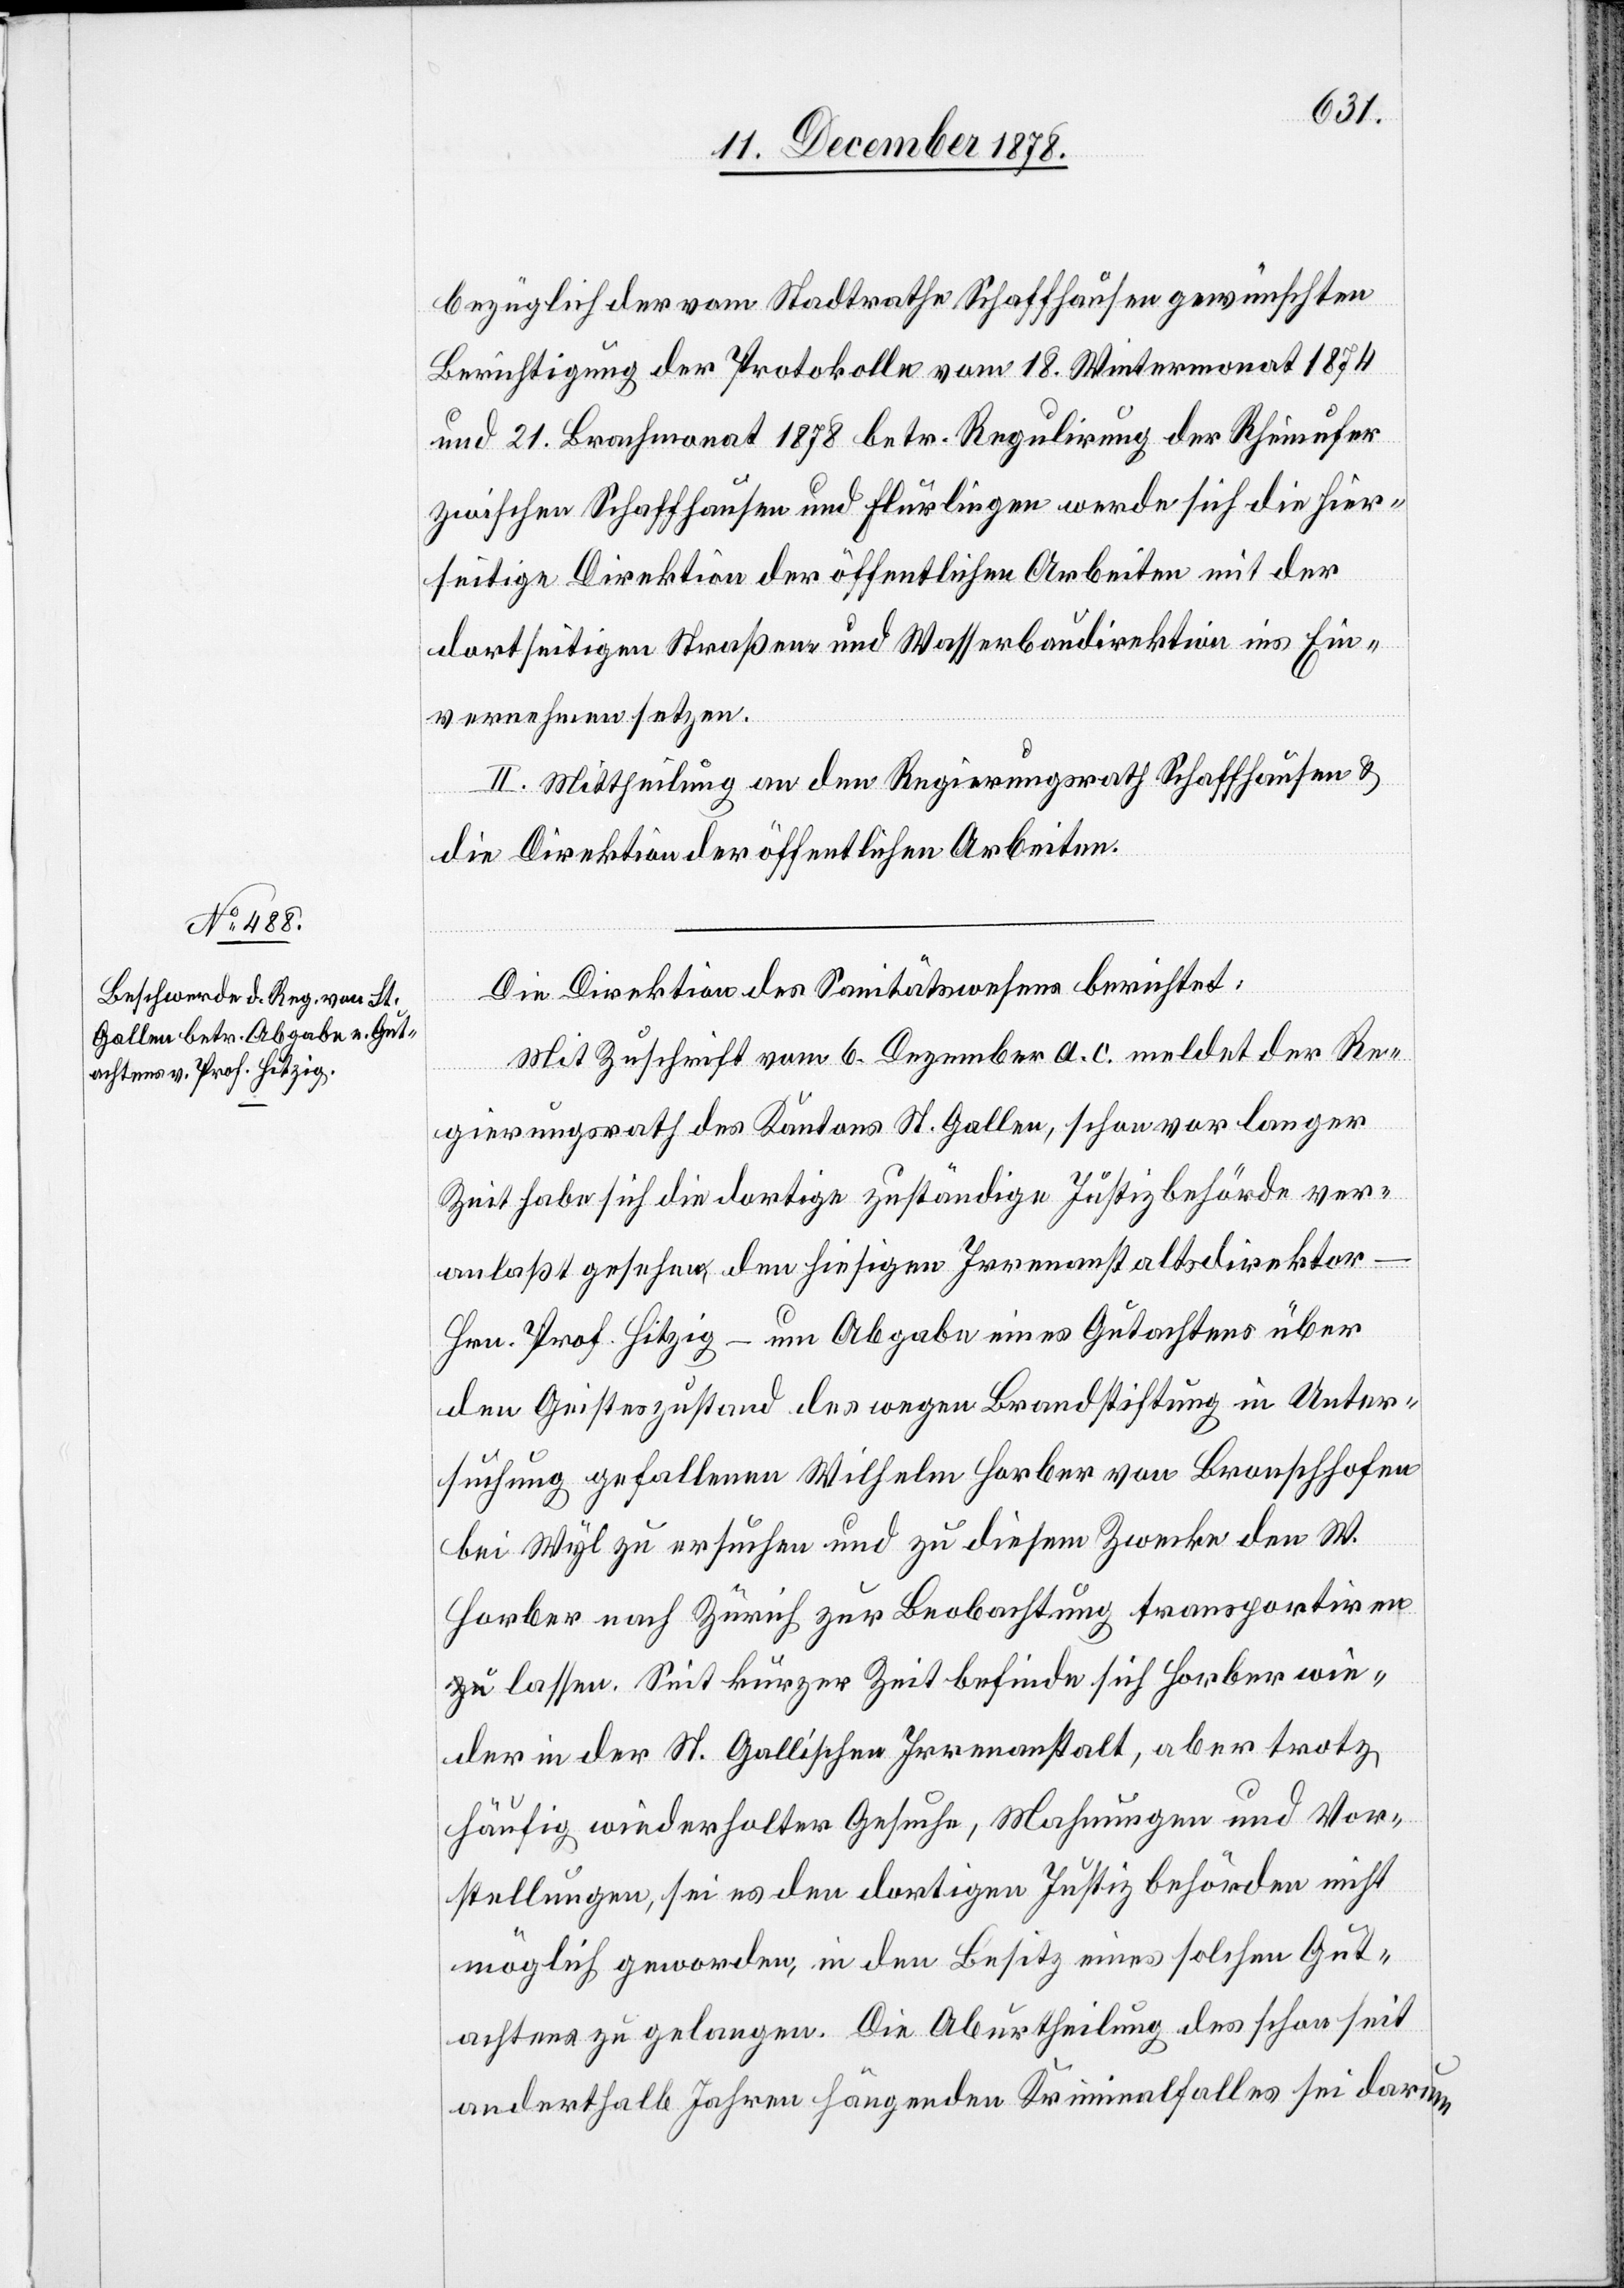
bezüglich der vom Stadtrathe Schaffhausen gewünschten
Berichtigung der Protokolle vom 18. Wintermonat 1874
und 21. Brachmonat 1878 betr. Regulirung der Rheinufer
zwischen Schaffhausen und Flurlingen werde sich die hier¬
seitige Direktion der öffentlichen Arbeiten mit der
dortseitigen Straßen- und Wasserbaudirektion ins Ein¬
vernehmen setzen.
II. Mittheilung an den Regierungsrath Schaffhausen &
die Direktion der öffentlichen Arbeiten.
Die Direktion des Sanitätswesens berichtet:
Mit Zuschrift vom 6. Dezember a. c. meldet der Re¬
gierungsrath des Kantons St. Gallen, schon vor langer
Zeit habe sich die dortige zuständige Justizbehörde ver¬
anlaßt gesehen, den hiesigen Irrenanstaltsdirektor
Hrn. Prof. Hitzig – um Abgabe eines Gutachtens über
den Geisteszustand des wegen Brandstiftung in Unter¬
suchung gefallenen Wilhelm Horber von Bronschhofen
bei Wyl zu ersuchen und zu diesem Zwecke den W.
Horber nach Zürich zur Beobachtung transportiren
zu lassen. Seit kurzer Zeit befinde sich Horber wie¬
der in der St. Gallischen Irrenanstalt, aber trotz
häufig wiederholter Gesuche, Mahnungen und Vor¬
stellungen, sei es den dortigen Justizbehörden nicht
möglich geworden, in den Besitz eines solchen Gut¬
achtens zu gelangen. Die Aburtheilung des schon seit
anderthalb Jahren hängenden Kriminalfalles sei darum